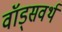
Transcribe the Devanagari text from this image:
वॉड्सवर्थ